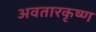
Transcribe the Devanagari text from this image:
अवतारकृष्ण